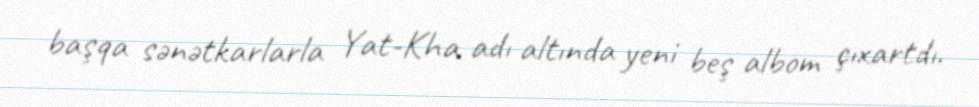
başqa sənətkarlarla Yat-Kha adı altında yeni beş albom çıxartdı.